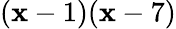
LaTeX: (\mathbf{x}-1)(\mathbf{x}-7)